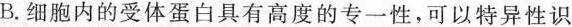
B.细胞内的受体蛋白具有高度的专一性，可以特异性识